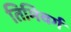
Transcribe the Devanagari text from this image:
तिमिवर्ग